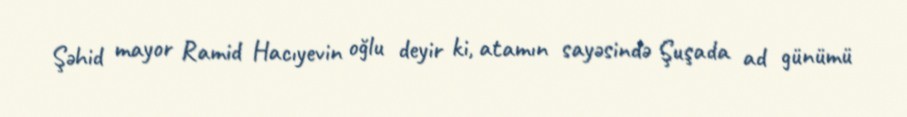
Şəhid mayor Ramid Hacıyevin oğlu deyir ki, atamın sayəsində Şuşada ad günümü